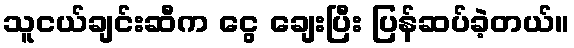
သူငယ်ချင်းဆီက ငွေ ချေးပြီး ပြန်ဆပ်ခဲ့တယ်။